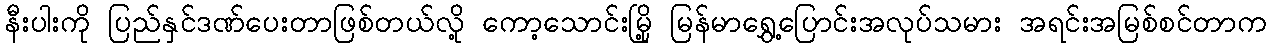
နီးပါးကို ပြည်နှင်ဒဏ်ပေးတာဖြစ်တယ်လို့ ကော့သောင်းမြို့ မြန်မာရွှေ့ပြောင်းအလုပ်သမား အရင်းအမြစ်စင်တာက